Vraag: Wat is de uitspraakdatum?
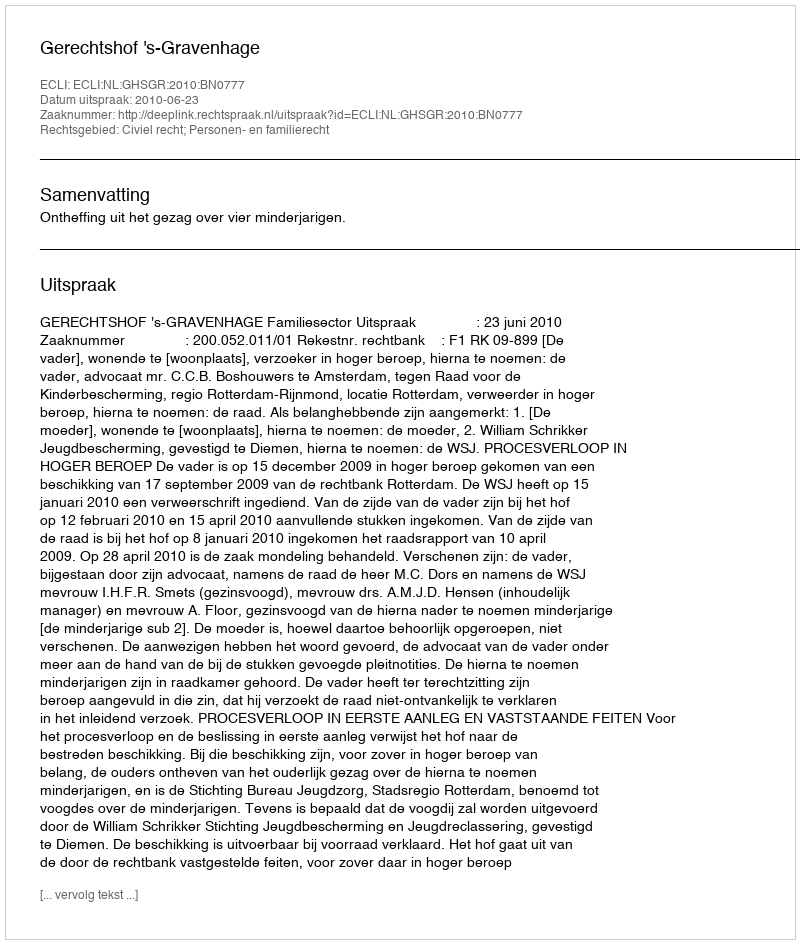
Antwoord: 2010-06-23